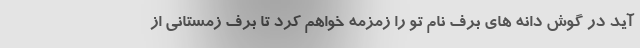
آید در گوش دانه های برف نام تو را زمزمه خواهم کرد تا برف زمستانی از